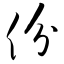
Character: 份